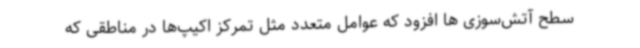
سطح آتش‌سوزی ها افزود که عوامل متعدد مثل تمرکز اکیپ‌ها در مناطقی که